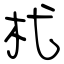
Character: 杙